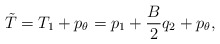
\begin{align*}\tilde{T} = T_1 + p_\theta = p_1 + \frac{B}{2} q_2 + p_\theta,\end{align*}